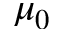
\mu _ { 0 }